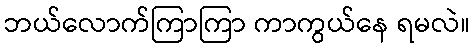
ဘယ်လောက်ကြာကြာ ကာကွယ်နေ ရမလဲ။